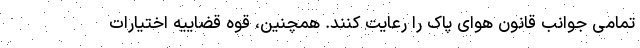
تمامی جوانب قانون هوای پاک را رعایت کنند. همچنین، قوه قضاییه اختیارات